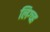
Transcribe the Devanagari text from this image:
लिग्च्ह